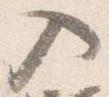
入